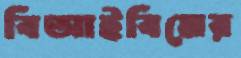
বিআইবিমের